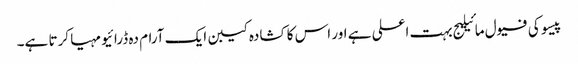
پیسو کی فیول مائیلیج بہت اعلی ہے اور اس کا کشادہ کیبن ایک آرام دہ ڈرائیو مہیا کرتا ہے۔